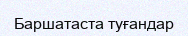
Баршатаста туғандар